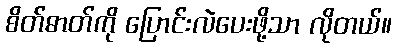
စိတ်ဓာတ်ကို ပြောင်းလဲပေးဖို့သာ လိုတယ်။